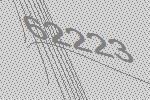
62223